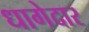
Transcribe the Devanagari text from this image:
धागेदार